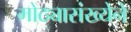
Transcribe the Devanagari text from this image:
मोठ्यासंख्येने